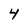
Character: 4